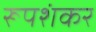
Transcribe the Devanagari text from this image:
रूपशंकर